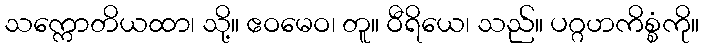
သက္ကောတိယထာ၊ သို့။ ဧဝမေဝ၊ တူ။ ဝီရိယေ၊ သည်။ ပဂ္ဂဟကိစ္စံကို။